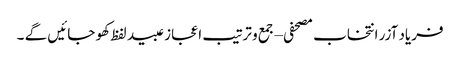
فریاد آزر انتخاب مصحفی – جمع و ترتیب اعجاز عبید لفظ کھو جائیں گے ۔